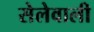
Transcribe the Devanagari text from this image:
सेलेवाली